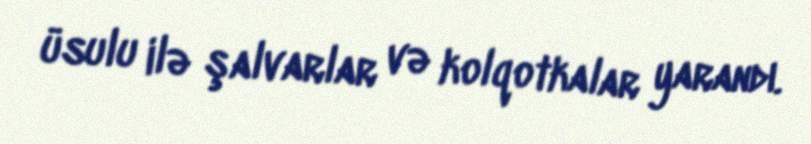
üsulu ilə şalvarlar və kolqotkalar yarandı.